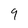
Character: 9